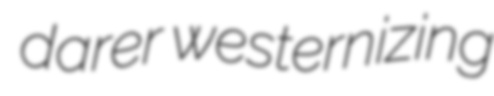
darer westernizing